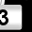
Digit: 3